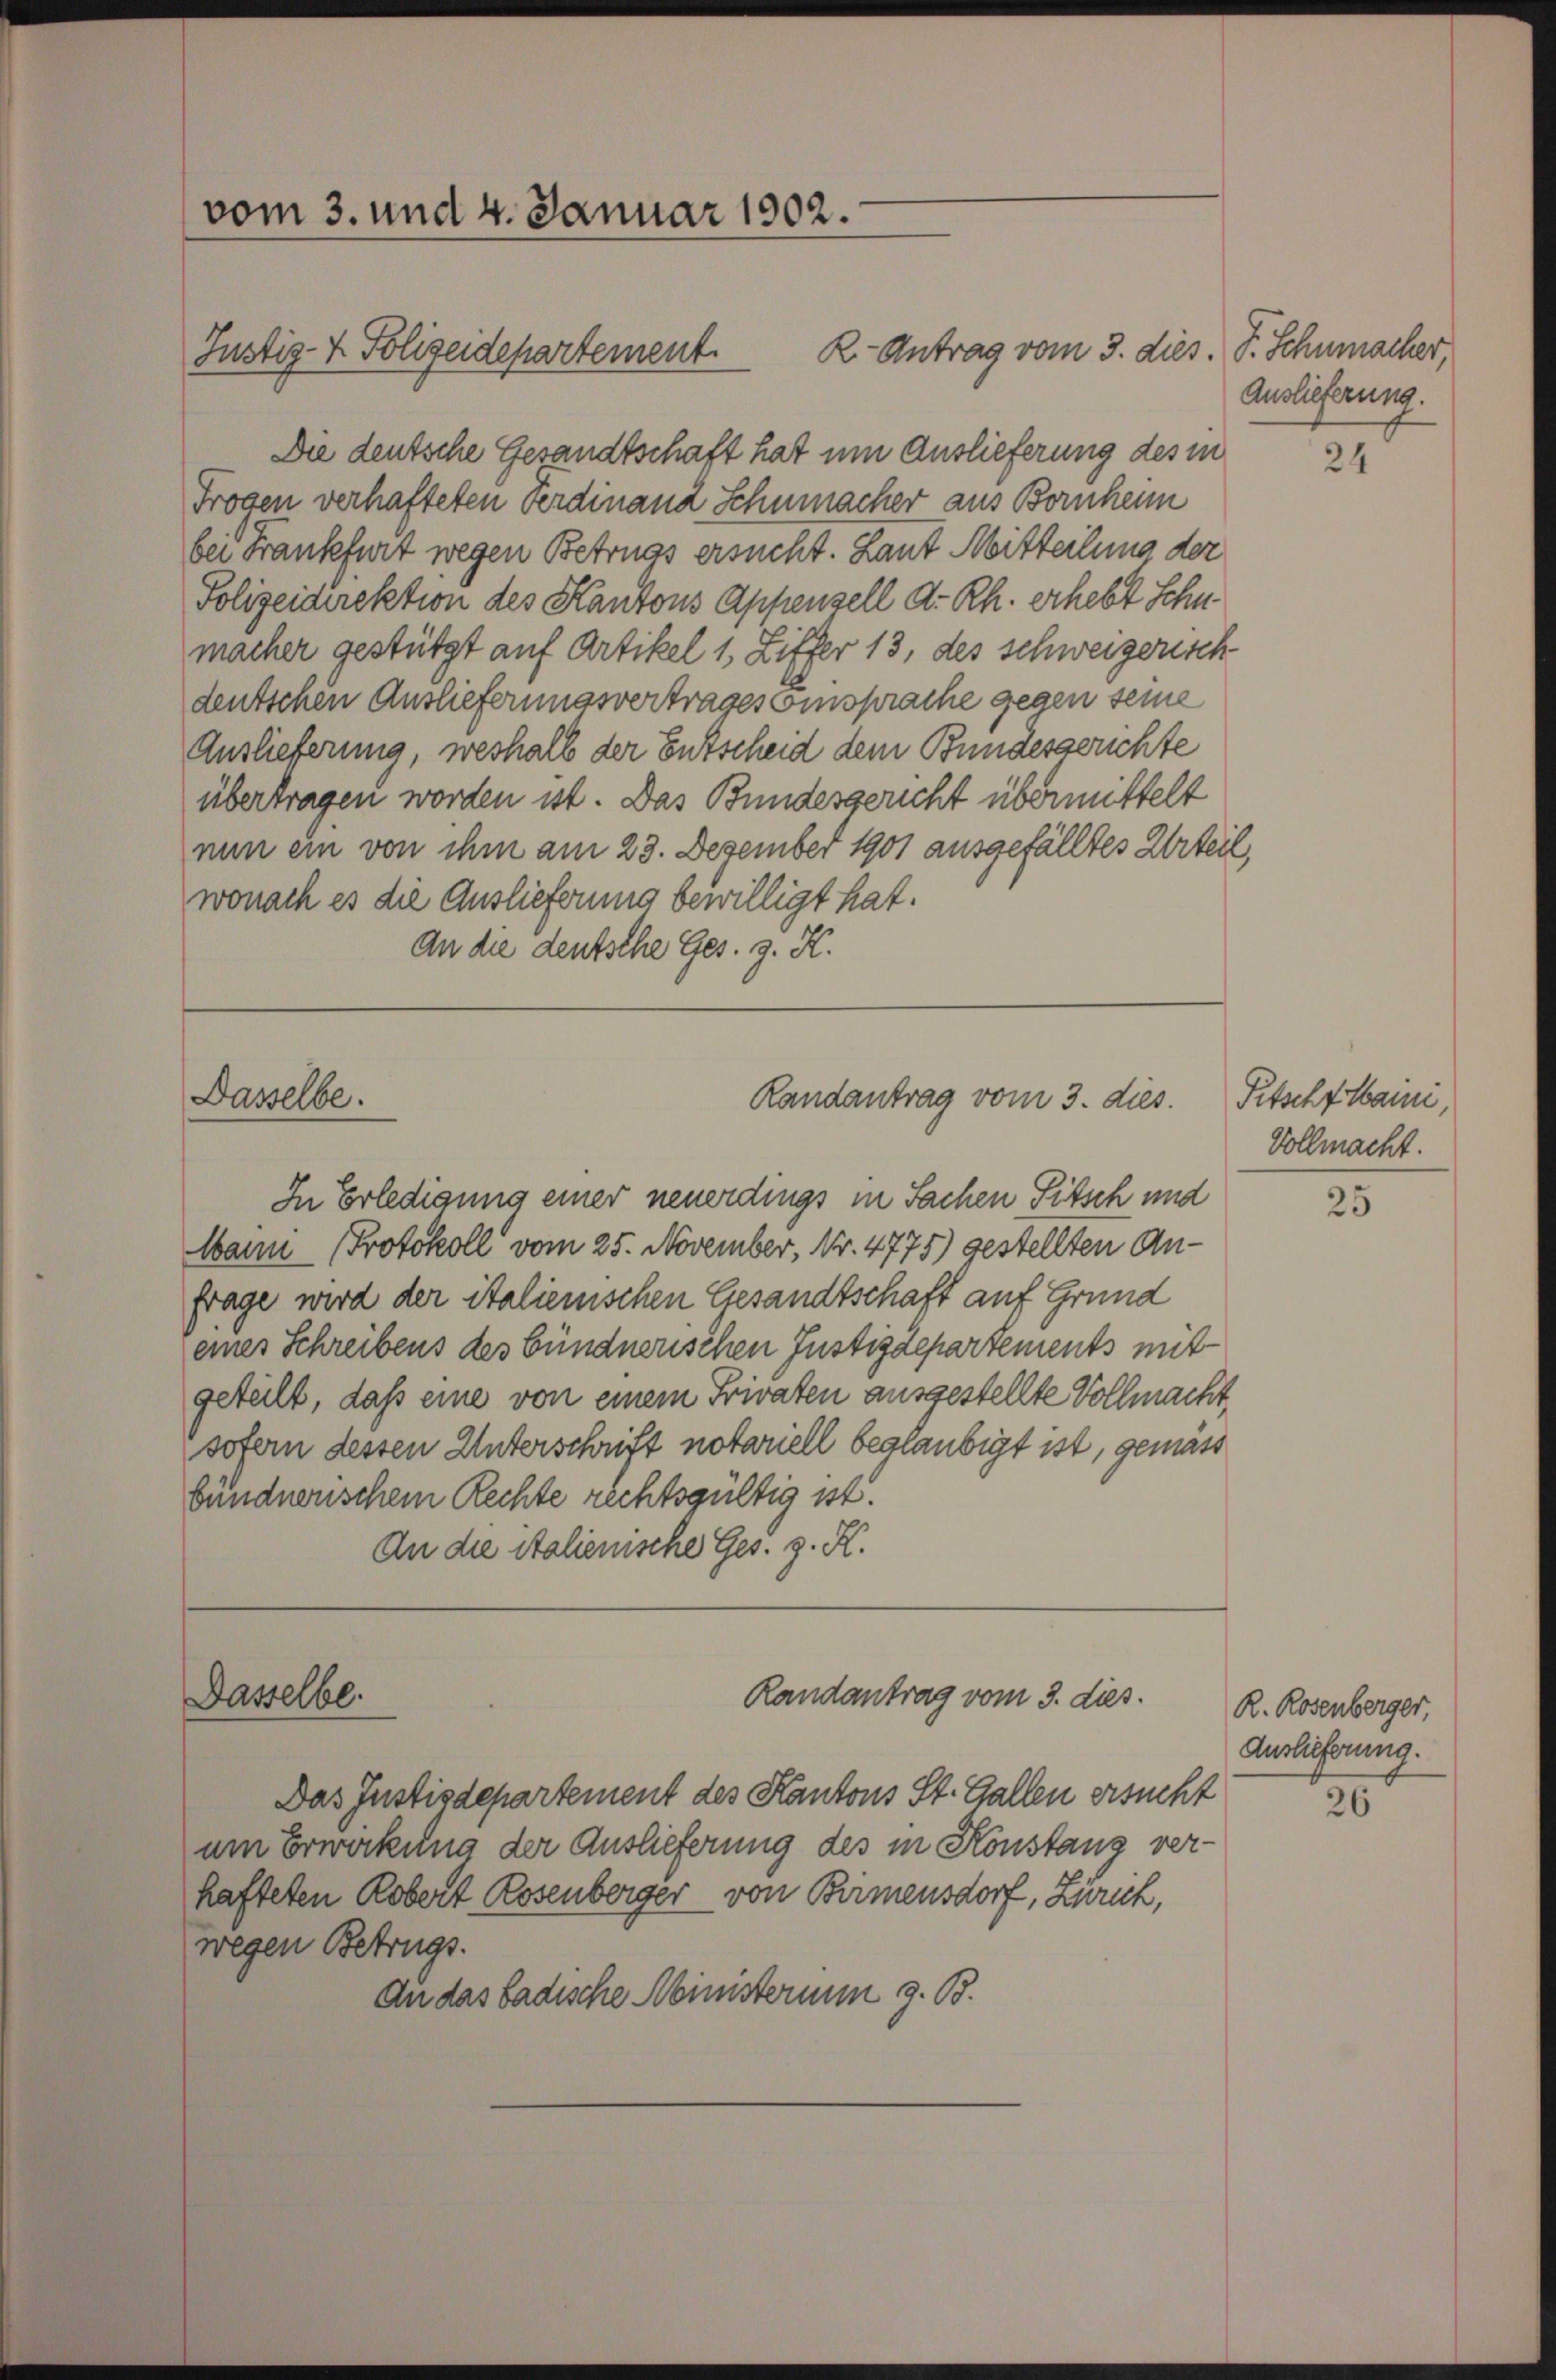
vom 3. und 4. Januar 1902.

Die deutsche Gesandtschaft hat um Auslieferung des in
Frogen verhafteten Ferdinand Schumacher aus Bornheim
bei Frankfurt wegen Betrugs ersucht. Laut Mitteilung der
Polizeidirektion des Kantons Appenzell d. Rh. erhebt Schn
macher gestützt auf Artikel 1, Ziffer 13, des schweizerisch
deutschen Auslieferungsvertrages Einsprache gegen seine
Auslieferung, weshalb der Entscheid dem Bundesgerichte
übertragen worden ist. Das Bundesgericht übermittelt
nun ein von ihm am 23. Dezember 1901 ausgefälltes Urteil,
wonach es die Auslieferung bewilligt hat.
An die deutsche Ges. z. K.

Justiz- & Polizeidepartement.

Dasselbe.

Dasselbe.

K-Antrag vom 3. dies. P. Schumacher,

Randantrag vom 3. dies

Randantrag vom 3. dies.

In Erledigung einer neuerdings in Sachen Pitsch und
Wann Protokoll vom 25. November, Nr. 4775) gestellten Anfrage wird der italienischen Gesandtschaft auf Grund
eines Schreibens des bündnerischen Justizdepartements mit
geteilt, daß eine von einem Frivaten ausgestellte Vollmacht,
sofern dessen Unterschrift notariell beglaubigt ist, gemäss
bündnerischem Rechte rechtsgültig ist.
An die Stalienische Ges. z. K.

Das Justizdepartement des Kantons St. Gallen ersucht
um Erwirkung der Auslieferung des in Konstanz verhafteten Robert Rosenberger von Birmensdorf, Zürich,
wegen Betrugs.
An das badische Ministerium z. B.

Auslieferung.

24

Pitscht Haini,
Vollmacht.

25

R. Rosenberger,
Auslieferung.
20